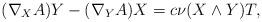
LaTeX: \begin{align*}(\nabla_{X}A)Y-(\nabla_{Y}A)X=c\nu (X\wedge Y)T,\end{align*}